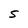
Character: S